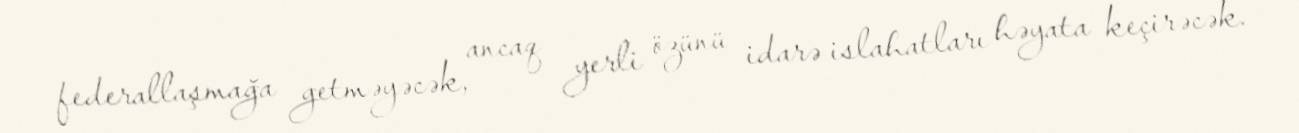
federallaşmağa getməyəcək, ancaq yerli özünü idarə islahatları həyata keçirəcək.